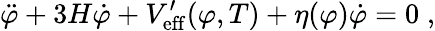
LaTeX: \ddot{\varphi}+3H\dot{\varphi}+V_{\mathrm{eff}}^{\prime}(\varphi,T)+\eta(\varphi)\dot{\varphi}=0\; ,